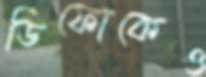
ডিফোকেও